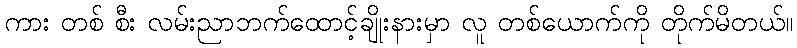
ကား တစ် စီး လမ်းညာဘက်ထောင့်ချိုးနားမှာ လူ တစ်ယောက်ကို တိုက်မိတယ်။